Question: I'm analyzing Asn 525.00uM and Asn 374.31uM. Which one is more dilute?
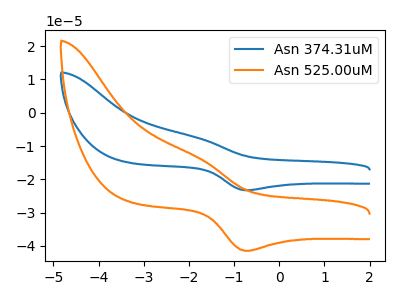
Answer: <think>The blue curve "Asn 374.31uM" has an anodic peak at (-1.80V, -7.55uA) and a cathodic peak at (-0.70V, -23.25uA). The orange curve "Asn 525.00uM" has an anodic peak at (-1.80V, -13.45uA) and a cathodic peak at (-0.70V, -41.45uA).
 All the peaks in "Asn 525.00uM" have a peak in "Asn 374.31uM" at the same potential.</think>
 <answer>I cant tell if "Asn 525.00uM" or "Asn 374.31uM" has higher concentration.</answer>
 <eval>mixed_concentration</eval>